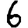
Digit: 6